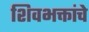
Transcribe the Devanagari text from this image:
शिवभक्तांचे